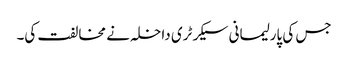
جس کی پارلیمانی سیکرٹری داخلہ نے مخالفت کی۔